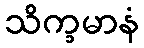
သိက္ခမာနံ